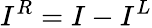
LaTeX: I^{R}=I-I^{L}